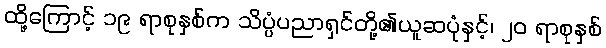
ထို့ကြောင့် ၁၉ ရာစုနှစ်က သိပ္ပံပညာရှင်တို့၏ယူဆပုံနှင့်၊ ၂၀ ရာစုနှစ်